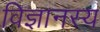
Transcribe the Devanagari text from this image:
विज्ञानस्य